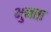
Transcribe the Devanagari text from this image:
भुनता